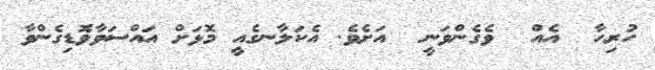
ހުރިހާ  އެއް  ވެގެންވަނީ  އަށެވެ. އެކަލާނގެއީ މޮޅަށް އައްސަވާވޮޑިގެންވާ